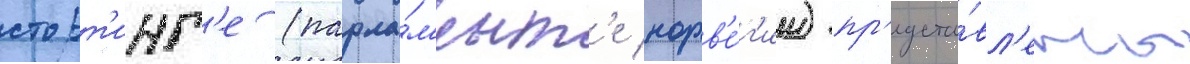
сторт'инг'е (парла́м'ент'е норв'е́г'ии) пр'едста́вл'ены